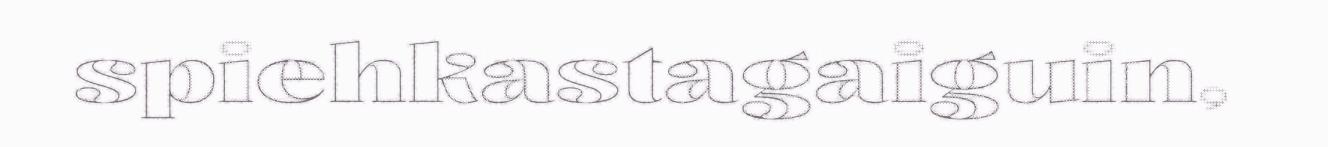
spiehkastagaiguin,